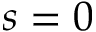
s = 0